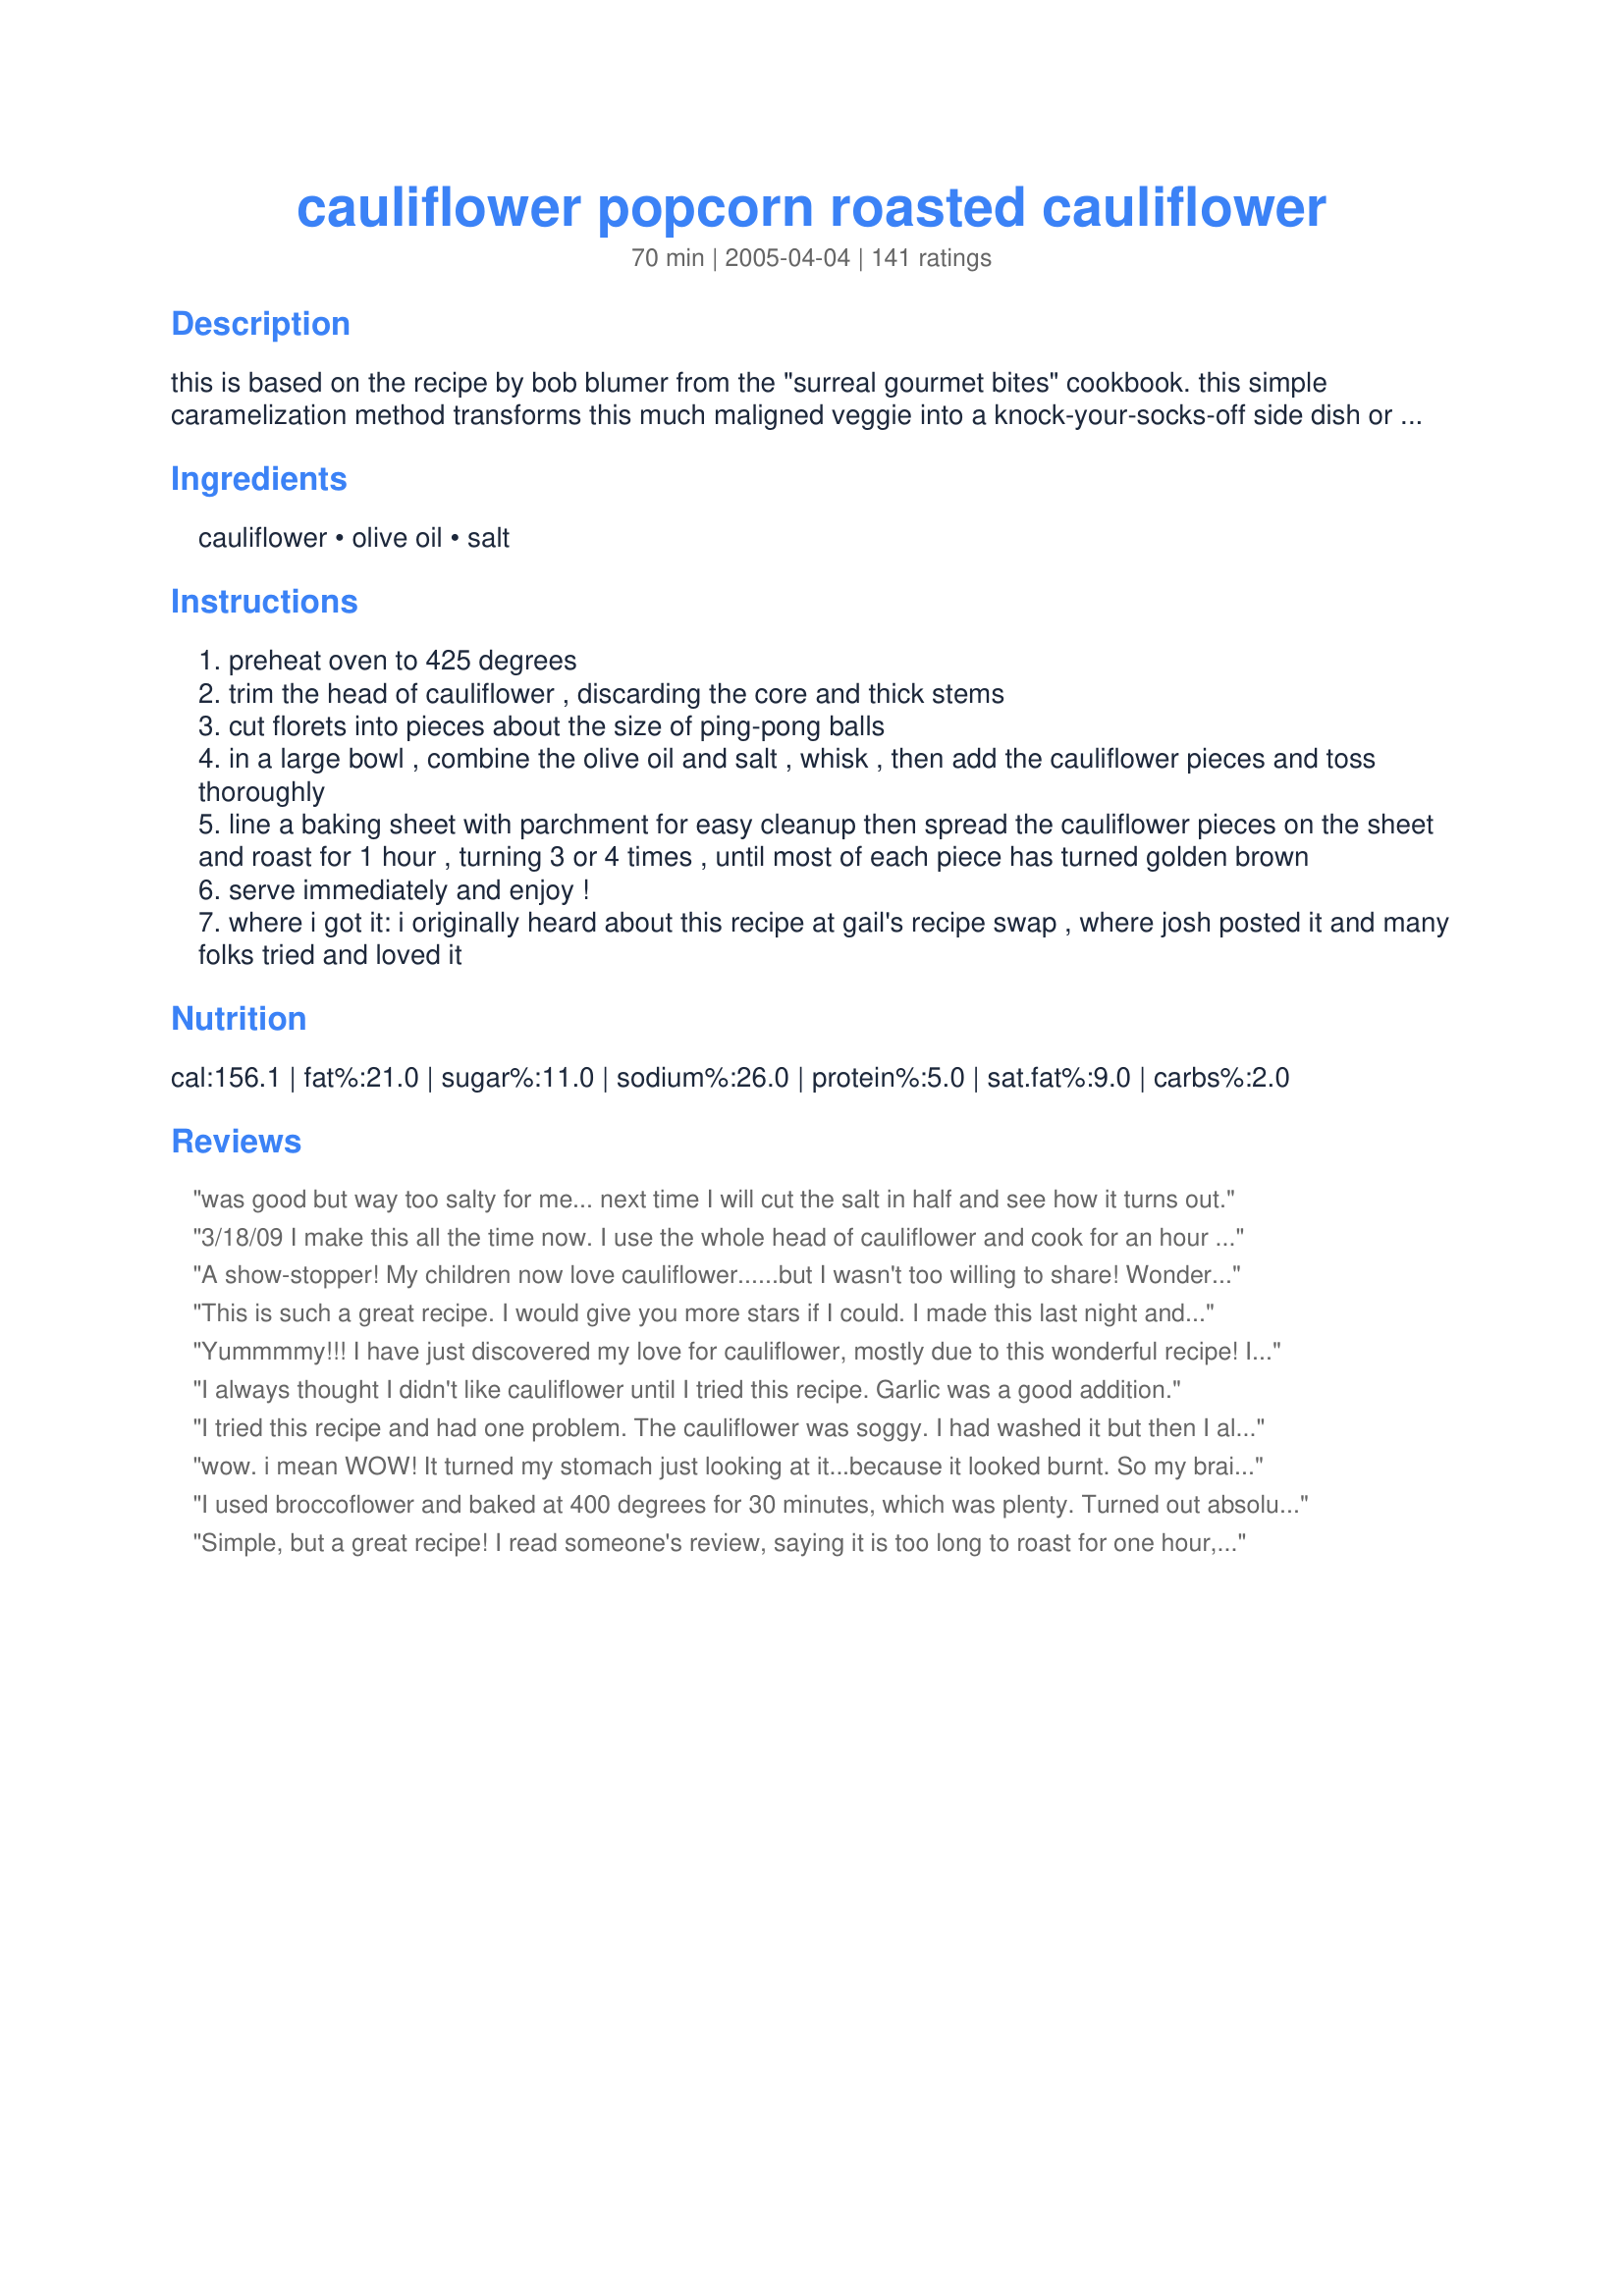
cauliflower popcorn roasted cauliflower
Preparation time: 70 minutes

this is based on the recipe by bob blumer from the "surreal gourmet bites" cookbook. this simple caramelization method transforms this much maligned veggie into a knock-your-socks-off side dish or sweet snack that you won't be able to get enough of!

Ingredients:
cauliflower, olive oil, salt

Steps:
preheat oven to 425 degrees
trim the head of cauliflower , discarding the core and thick stems
cut florets into pieces about the size of ping-pong balls
in a large bowl , combine the olive oil and salt , whisk , then add the cauliflower pieces and toss thoroughly
line a baking sheet with parchment for easy cleanup then spread the cauliflower pieces on the sheet and roast for 1 hour , turning 3 or 4 times , until most of each piece has turned golden brown
serve immediately and enjoy !
where i got it: i originally heard about this recipe at gail's recipe swap , where josh posted it and many folks tried and loved it

Reviews:
was good but way too salty for me... next time I will cut the salt in half and see how it turns out.
3/18/09 I make this all the time now. I use the whole head of cauliflower and cook for an hour with golf ball size pieces. It's even great cold the next day! 11/24/08 Absolutely fabulous! I normally hate cauliflower but want to start eating more veggies. This was so good! I used only a half of a head for the two of us and wished I had cooked the whole thing. We finished it in 3 minutes flat! I prefer it darker and the smaller the pieces are the faster they cook (duh!). It was done in 40 minutes. Loved it and will make often!
A show-stopper! My children now love cauliflower......but I wasn't too willing to share! Wonderful recipe that I'll be making often. Thanks!
This is such a great recipe. I would give you more stars if I could. I made this last night and we couldn't get enough. The caramelized pieces were the best. I will most definately make this again, cuz we loved this side dish. It was flavorful and almost nutty tasting. Thank you so much for sharing this with us.
Yummmmy!!! I have just discovered my love for cauliflower, mostly due to this wonderful recipe! I used garlic salt in place of regular salt. The only thing is I left it in for about half an hour, instead of the whole hour because they were starting to burn a bit. I never knew I could like cauliflower so much! I'd recommend this to everyone! Thank you! :-) Oooh I also did it with broccoli and it was just as tasty!
I always thought I didn't like cauliflower until I tried this recipe. Garlic was a good addition.
I tried this recipe and had one problem. The cauliflower was soggy. I had washed it but then I allowed it enough time to drain (or so I thought). Any advice or what did you do different so your outcome was better.
wow. i mean WOW! It turned my stomach just looking at it...because it looked burnt. So my brain told my taste buds to get ready for something "burnt" flavored. My 6-year-old took one look at it and said "i'm not eating it" But I put one piece on his plate and told him he HAD to try it. I took one bite. OH MY GOD it was nothing like I thought it would taste like!!! It's sooooo goood!!! Then came the fight of my son taking a bite. He approved! I even caught him getting more off the pan in the kitchen. Thank you!
I used broccoflower and baked at 400 degrees for 30 minutes, which was plenty. Turned out absolutely delicious and perfectly sweet! Thank you!
Simple, but a great recipe! I read someone's review, saying it is too long to roast for one hour, so I reduced the time greatly. But it still got burnt. I might try the reduce the temperature next time. Even my sons, who don't care for cauliflower, liked it. Thank you!
Small flowerets took about 28 minutes, turning once. Soooo good!
What can I say but this is outstanding, my kids ate a whole head of cauliflower between them, and said it was better than fries ;-)
Until now, I HATED cauliflower, no matter how it was prepared! I am making this agsain for dinner tonight & can hardly wait! We found though that on hour was too long to bake. I used a coated pan, so that might have made a difference. KellyMae, you have made a caluiflower lover out of me! Thank You!
Delicious, first thing off everyones plate..
Wow this a superb way to make cauliflower! I love cauliflower but I get a little bored of it steamed sometimes.This was easy to throw together and no complicated ingredients,the end result is delicious! Thanks for posting I will use this a lot.
Sooooo good. My whole family loved it.
These were delicious! Instead of olive oil, I just used cooking spray. Instead of salt, I used garlic salt. Tasty and addictive!
Like others have posted, I over-coked mine. They still tasted great and I will repost after I make it again. My kids even eat them without complaint (a major victory in our house). One tip for those who are making this for the first time...... do not cut the florets too small. The long cook time will soften the bigger pieces and if they are too small they will dry out..
This was ok but then again I really don't care for cauliflower but if I have to eat it then this would be the way to go. The cooking time seemed a little to long, mine were really burnt when they came out. Thanks!
This is my favorite way to have cauliflower! I can eat a whole head of this by myself--it is that good! I definitely prefer it more overcooked than not. Makes the house smell, but it&#039;s worth it!
Best cauliflower recipe ever! I couldn't eat enough of it. I really loved the super crispy pieces. I also added garlic powder and parmesan cheese. I will make this recipe repeatedly in the future. Perfect for those that don't love veggies. No more bland cauliflower!
Fantabulous!!! My husband & I are doing one of the soup diets and finding interesting vegetables to go with it is a challenge. I made this recipe as stated...except, we couldn't have the olive oil so I very very lightly sprayed with pam. It was so good that I don't think I will ever use the oil now! Thanks so much for the recipe, it's as addictive as popcorn!
Yum! It's amazing how a simple technique can make a vegetable so scrumptious, while keeping it as "pure" as it possible. Thank you for sharing this healthy and simple recipe.
My cauliflower didn't get too sweet...just ever so slightly...but it was very nice regardless.
Mine didn&#039;t come out as golden as some of the others pictured, but that doesn&#039;t mean they weren&#039;t absolutely delicious...and I&#039;m still trying to figure out a polite way of asking for your leftovers!
DD and I typically don&#039;t care for cauliflower, but everyone enjoyed this recipe. Can&#039;t wait to give it a try with garlic salt, as we love our garlic.
Yummy! My fiance, who has never liked Cauliflower, gobbled this up straight from the oven. Awesome.
Yum! I need to remember to double this next time. Thanks for sharing the recipe!
We love this recipe! It is quick to prepare and everyone of our 4 kids is excited to see it on the dinner table. This has become a regular in our menus, thank you for sharing.
Good! I added chili powder to the mix and I think it covered up the taste of the cauliflower. Next time I will make as written! Thanks!
Easy and super delish! This is going to become a staple. I agree with the other reviewers, make sure to cut the cauliflower into golf ball size pieces. I slightly overcooked mine since my pieces were to small. My only complaint is that I didn't make more.
Thank you for my new FAVORITE cauliflower recipe! I&#039;d give more than 5 stars if I could. Enough said!
Seriously....I haven&#039;t eaten cauliflower in 20 years. I just made this because I started the Paleo diet. I hated the idea of eating cauliflower but I&#039;m trying to try all veggies again.
Sooooooo.........this was seriously the best thing I&#039;ve eaten, you HAVE to try this, I plan on eating cauliflower a lot!!! Like they say the darker you brown this the better it is. And the bonus???.....it tastes like
FRENCH FRIES.......Swear to god!!!!
Delicious way to eat cauliflower!
That is a great recipe! Makes an excellent snack. I don't know why I haven't tried this sooner. You can tweak the spices for variety but just plain olive oil and salt is just fine with me. I think I'll be eating a lot more cauliflower.
Thank you!!!!
Typically I don't like cauliflower without lots of fat grams (cheese) but DH and I agree this is THE cauliflower recipe! Made the mistake of cutting the florets into < ping-pong ball size the first time and pulled < 2 servings out of the oven so I learned my lesson. Thanks Julesong for turning me into a cauliflower convert.
Keeper recipe and so easy to do. Mine only needed 30 minutes in the oven and they were perfect. Thank you for sharing this recipe.
Just made this and wow is this good. It won't last long. I added some Italian seasoning.
Let me say this first: I don't like cauliflower. Whenever Julie made cauliflower I covered it in cheese sauce. But this cauliflower is completely different and completely delicious! I don't care that it takes a long while to prepare; I'll be making it myself, too.
Mine turned out waaay too oily and I used 1-1/3 heads of cauliflower. I really liked the caramelized flavor so I will probably try it again with only enough oil to prevent it from sticking.
I made these for my family and we all loved it . I used broccliflower that I had on hand it was great! I will make again. Thanks for posting.
Fantastic recipe. My popcorn bits burnt a bit but I am definitely trying this again to perfect it.
Quite yummy! Thanks so much for a simple and delicious recipe...try it, you'll like it :)
This is AMAZING!! So easy and so so good. I could eat a LOT of cauliflower this way. Thank you so much for posting this, I will make this all the time!!
Delicious. Lacked a little flavor, so I added garlic powder and ancho chille powder. Then a LIGHT sprinkle of brown sugar half way through cooking. It was amazing. This is a great base recipe.. you can add whatever flavors your family likes!
LOVED this! Used slightly less oil, and let the cauliflower get pretty brown. Very, very tasty!!!
I was once broiling veggies in my gas broiler, and I decided to toss in some broccoli florets. Some were tossed with oil, as in this recipe, and some were just rinsed with water. The broiler is much faster than the oven, but the effect is much the same. The broccoli gets a rich, sweet toasted taste with luscious charred bits. (Take care so they are only bits!) When the dry roasted cauliflower came out of the broiler, I IMMEDIATELY tossed with finely chopped parsley and drizzled with EV olive oil. Superb AND faster! And greener too, because it saves so much energy, takes only about 10 minutes max in my broiler, versus an hour in the oven.
No way! This is totally delicious!!! Even my veggie hating husband loved it. Next time I'll have to make several heads though!! We were all fighting over it!
very good
Very quick and easy to pull together. So delicious-even my seven year old ate his veggies tonight!
This was definitely worth a try....and it was suprisingly good! Next time I wouldn't add the whole tsp of salt....I found that this was too much for our tastes, but it was really good! THanks for posting!
I will have to keep trying at this recipe somehow mine turned out kinda mushy, but otherwise they were good. Even my 4y/o DD ate them and wanting seconds, so she loved them.
Just made this recipe and will definitely make again. I added garlic powder and everyone enjoyed grandchildren included. &lt;br/&gt;&lt;br/&gt;&lt;br/&gt;Gams
I went a little light on the oil and added a touch of garlic powder -- but these were delicious! It was the first time in 7 years I saw my husband not only eat the cauliflower on his dish, but have seconds AND THIRDS!!! I'm thrilled I get to eat one of my favorite vegetables for dinner again - thank you for posting!
LOVE IT, LOVE IT, LOVE IT!!!! I cooked TWO whole cauliflowers and I ate them all!!! The most wonderful thing about is that I do not feel guilty at all!!! Great recipe to enjoy if you are in a low carb diet!!! Thank you for sharing it!!!
I made this again, but this time, tossed in garlic powder and curry powder. I used minced garlic last time, and the garlic tends to burn and not stick onto the cauliflower.
I loved it!! I wonder if using broccoli would be good...?? Probably!!!
Hate to be the naysayer here because I was really excited about this recipe. I had a head of purple cauliflower and wanted to try something different.

This was ... different. But not something I would try again. Sorry! There is caramelized and there is overcooked.

Wasn't my thing and the two people I planned to serve it to asked me to just throw it away. It seems like someone trying to kill the natural flavor of a vegetable would like it. I must admit to loving crisp, raw veggies though!
Delicious....the only way to describe it. Easy is just an added benefit. Will definitely make again &amp; again.
This is a super yummy way to make Cauliflower! I toss in bowl with the oil and Zatar ( Thyme spice mix) and a sprinkle of garlic power...I do not add salt...Hubby and I can eat a whole head of Cauliflower done this way in one sitting.<br/>Try it, it really is great this way...
This is delicious just as is. It's also great with some garlic powder, or even butter/popcorn seasoning.
We loved this. I thought it was burned but it was yummy. My hubby&#039;s favorite way of preparing cauliflower. Thanks for the recipe.
Absolutely fabulous! I've given this recipe out many times. You'll be surprised at how much the cauliflower cooks down. My husband and I can eat a whole head of cauliflower cooked this way because of the shrinkage. I'd recommend making two full heads to feed a family. This is INCREDIBLE tasting. The cooking is spot on. I sometimes add some crushed red pepper or a shake or two of garlic powder...but it's perfect just as it is. A very requested veggie in my house.
I cannot get enough of this cauliflower. The flavor is very reminiscent of the battered, fried variety my mother used to make back in the day when frying wasn't a no-no. I actually go out of my way to make sure I overcook it a bit, I prefer the flavor when the cauliflower begins to be a very dark brown color and is a bit crispy. This is delicious as is, but once in a great while, I will sprinkle bread crumbs lightly over the cauliflower prior to roasting. Thank you so much for giving me this very healthy option to an old favorite!
Even after reading all of the reviews, I couldn't imagine this could be this good. IT IS! I only used half a cauliflower, still doubting, and we all looked at each other wanting more. Who knew we would finally like cauliflower? I can't wait to make this for people...they won't believe it, either. It really is unbelieveably good and fun to eat. I thought of dipping sauces, but it was gone before I could act on it. THANKS!
Oh boy, takes cauliflower to a whole new level for me! This is a great diet snack, depending on the oil/amt used. I'm going to surprise my family by maybe using it as a garnish but I think they'll want more ;)
Finally tried it and it was yummy. Very interesting I have to say and 1 head only fed 3 adults, it really does shrink up. I will be playnig with this idea now, thanks for sharing! :)
I tossed mine in coconut oil and nutritional yeast. OH yum. Problem is I ate it all before it hit the table lol
Very good. I used the garlic powder suggestion from Japanese Delight. Thanks!
Delicious!! Great way to get your kids to eat cauliflower!!
Geez...I hate giving bad reviews, especially for a recipe that I was so excited about trying! I LOVE cauliflower, but this made my naturally delicious head of cauliflower into some sort of bitter dish that I ended up apologizing for because of its poor taste. I can't imagine what I might have done wrong (it's such a simple recipe!) and it's intriguing that so many people ended up loving this. I don't know...but BF and I were very disappointed... Sorry :(
Try cauliflower an egg wash and shake in a bag with Panko, It is crisp and browns so nicely. The only way to do it.
Delicious! I was scared they were burnt, but they tasted delicious. Next time I will reduce the cooking time a bit, and reduce the amount of salt....maybe just adding it at serving. But I have been reducing salt in my diet and am probably overly sensitive. I agree with earlier posters....do not cut the cauliflower into small sizes.....maybe a little larger than ping pong balls.....they really shrink up! The smaller ones dry up. Made for Best of 2010 Tag game! Congrats on being a Best of 2010 Recipe!!! Thanks for sharing.
This was a good way to cook cauliflower. My 3 year old son actually ate it!!! My DH, on the other hand, still didn't care for it. My sister really liked it. I would not, however, consider this to have incredibly changed the taste of cauliflower. It still tastes like cauliflower.
WOW these were super good. Made 4 batches. 1 sprinkled with dill seed, 1 with fennel seed, 1 with caraway seed and the last but not least with slivers of garlic. Thanks so much for sharing.
My family devoured this! I can tell I'll be making this one a lot!
Soooooo yummy! This is now my favorite way to eat cauliflower!!! Both my kids (4 and 2) ate their share and asked for more "popcorn flower". The four of us (my husband) finished off the whole batch (one head of cauliflower). At first I was only going to make 1/2 a head, but decided to just make the entire thing. This is a great side to almost anything, although I baked chicken as well so I made good use of the oven time! (Update: Try this with fish, it's a perfect side)
Thanks Julesong!
I love this recipe and it could not get any easier! I use my Misto olive oil sprayer to coat the cauliflower and I season with just a pinch of salt and a little italian blend seasoning. It's great!
What a great cooking alternative for cauliflower! I have a daughter with a dairy allergy, so we are a non-cheese sauce family - the usual preferred method to eat cauliflower it seems. This roasted cauliflower was tasty and sweet. My cooking time was a little less, maybe I made my pieces smaller? So easy to make, definitely will make it again
Love this! Even my non-cauliflower adoring family will eat it. :)
My new favorite vegetable! As previous people said, I thought it would tast burnt--but it is just the carmelization--everything about this recipe is grand! Easy, healthy and most of all tasty!
This works great... even those that have a VEGGIE phobia will like it!
This recipe is the best! We eat this on a weekly basis.Thanks so much for posting this recipe.
Amazing! Because I was trying to get more of my Weight Watchers points in for the day, I added a bit more olive oil. And, it was great! I cannot wait for the leftovers!
This was good - not fantastic tho. I added my own seasonings, but we didn't get that "popcorn" feel at all. Not a bad way to have cauli but I think there's better out there.
Hubby and I loved it, but the kids didn't give it a chance. Between us, he and I ate it all! I expected the top to brown, but as it turns out the bottom browns. So I had one side a bit too dark, but still very good. We will definitely make it again.
This is so frickin' ridiculous, my husband and I couldn't believe it! We tossed it with olive oil and a Santa Maria tri-tip seasoning which includes garlic, sea salt, shallot, and a little onion powder. Fantastic.
Best recipe for cauliflower EVER.
This was a hit at our house! I cut my florets smaller than ping pong ball--but also roasted at 450 and cut the time to about 30 minutes. I salted per the directions and did not need to add extra (and I do like salt). I will definitely be making this again--though maybe a double batch on two jelly roll pans as we all would&#039;ve enjoyed having more!
This was awesome. It's my new favorite way to eat Cauliflower & my new favorite snack. I used garlic salt but I can't wait to try other flavored salts. I also put parmesan cheese on 1/2 the last 10 minutes. AWESOME
I'm not giving this any stars. It was WAY too salty (and I love salt), and not sure whether it was that I had a fairly small head of cauliflower, or the recipe just calls for too much salt. I'm going to grab another head this weekend and try again. As is, I would give it a 3-4*--very good, but just needs less salt.
cut out calories by using Land-o-Lakes whipped butter. the calorie count per serving goes down to 86.5 calories.
AMAZING! I called 3 friends after dinner to tell them how easy and great this tastes!
so in looking for a recipe for "what to do with a whole head of cauliflower the Hubby bought that wasn't on my grocery list" I tried this one. Made stated as is. All I can say is use two heads!!! There will be nothing left! The smaller pieces were a little charred but actually tasted the best according to the 12 year old diva that eats here! And the hubby took a whole plate to eat while watching a movie....Popcorn is off the grocery list! It's cauliflower from now on! Thanks so much for the recipe!
If I could give this 10 stars, I would! I made this yesterday almost ate it all by myself...in one sitting! This was sooo good! The only change I made was to add a little garlic powder to the olive oil and salt. Next time, I may add a little cayanne, but this was absolutely delicious!
This is a great cauliflower recipe. It was so simple to make that I thought it couldn't possibly be that good. How wrong I was, it was delicious! My boyfriend said it was the best cauliflower he has ever had.
I wasnt really that impressed. I did salt, pepper, and garlic powder, but I felt that it wasnt anything special. I dont think I will make this again. It wasn't horrible, but I guess i expected more
Loved it!!! I like to add 1 Tablespoon of chopped fresh rosemary to the oil and salt before roasting.
What a fantastic recipe and so easy too! Like others, I added some garlic powder and some Italian Seasoning. The parchment paper was a great idea for easy clean-up. We will make this often. Thanks for posting, Jules!
This was very good, though I definately expected a bit more flavor from all the reviews posted. We used garlic salt, and next time we might add paprika for a little more flare. Good all around!
I quite liked this recipe. I turned the cauliflower often, as you suggested, and had no problems with it burning. Next time I will decrease the salt though, as 1 tsp was too much. Thank you!
What a great way to eat cauliflower! I'm usually not a huge fan, but I loved this. As another reviewer suggested, I broiled the florets (without oil) for 15 minutes, then tossed with olive oil, garlic powder, and kosher salt. The flavor was great; I'll experiment with other seasonings in the future.
YUM!!! I love this recipe!! I had to stop myself from snitching them all off the cookie sheet while they were baking so my family could try them, too. My husband, who doesn't like cauliflower, went back for seconds, but my 5-yr old chose to stick with the soggy ol' "regular" version. (More for us, I guess!) Next time, I think I'll scale back the oil a bit to see if they still turn out as good, just to watch a few calories, but definitely not on the salt! Thanks for a great recipe!
WOW - we don't ever eat cauliflower but this was fabulous! Must make this!
DH said, "This tastes like popcorn!" I said, "That's what it is called." Added some minced garlic.
Oh wow, the differences in ovens! I am not recording stars because mine would be two stars at best, for an hour at 425. But I account that to ovens. Mine were almost charred. So know your oven! &lt;br/&gt;&lt;br/&gt;With my oven, another recipe I have tried, that worked for me, required only 20-30 minutes at 400 degrees F.&lt;br/&gt;&lt;br/&gt;I repeat...KNOW YOUR OVEN. (Mine allegedly is true to temperature.)
I followed the receipe, but was sadly disappointed. If you like the taste of burnt food, this is your snack. What they forgot to tell you is that it will stink up the entire house. So if you are doing it for the first time, use a grill outside. I am not a chef, but do like to try new foods.
This recipe got me eating cauliflower again. I add dry seasonings to taste depending on my mood and I eyeball the oil. Perfect everytime.
This is a really wonderful way to serve cauliflower. The roasting method takes all that sulfurous bland taste away. Thanks for a great recipe!
I could not believe how well this turned out. And did not have to mess with deep frying. I added some Italian Seasonings just to give a little more somethin. Turned out great and had a really different take on cauliflower. Thanks for sharing.
WOW WOW WOW! We loved this recipe! I put the cauliflower in a zip lock bag , used garlic flavored olive oil, some garlic powder and Mrs Dash (guess you can tell we love garlic lolol). The cauliflower was sooooo sweet that DH and I ate the entire head (oink oink). This will be in my cauliflower rotation!
This cauliflower is really delicious! I made it as written and it came out perfect....my husband and I ate nearly the entire large head of cauliflower. Thanks Julesong for this wonderful recipe!
Easy,delicious and healthy. What more can you ask for? We absolutely LOVE this recipe! Roasting makes the cauliflower sweet, mellow and crispy. Who cares about side dish? We've had it as the main meal!
I thought this was yummy, and used 2 tbsp of olive oil instead of 4. Still crispy outside and moist inside- good. Tried to tell my 2.5 year old it was popcorn but took one bite and spit it out, and my hubby didn't like either, but I will make again for me. Thanks!
I love this stuff! I've been making this for a couple of years. It's hard for me not to eat the entire head of cauliflower = sweet, carmelized = YUM!
Oh my gosh, I LOVE this recipe. The cauliflower is addictive when roasted following these directions. Perfect recipe. I wouldn't change a thing. YUM!
I just wanted to use up some cauliflower leftover from a veggie tray and found a winner. My family couldn't eat it fast enough and want this recipe again! Wowza! I made as directed and sprinkled with garlic powder. My husband who is a huge french fry lover said he would eat this over FF's any day - that is huge! I didn't have that much so only cooked it for about 40 minutes. Next time I will make lots more. Thanks for sharing.
This was very unique! We liked it but it was a little greasy, so next time I'll use a little less oil. It's a great way to get more veggies on the table! Thanks for sharing!
OMG!!! To die for... Love this! HAve made it twice in the past two weeks and bought more cauliflower to make it again. It really is like eating popcorn... ADDICTIVE!!
WOW!!!!
SO GOOD!!!!
What a great way to get some veg in your life!
Thank you for giving me a way to get my kids to eat cauliflower. I salted it up and they dipped it in ketchup like tater tots and loved it. Such an easy healthy snack.
I have been meaning to try this for some time after hearing about it from a friend. So I had half a head of cauliflower that needed to be eaten. I cooked it according to the directions, thinking that I would have a little now and then the rest later, but I ended up standing in my kitchen over the stove and eating it all within a few minutes of coming out of the oven! If I had another head of cauliflower I'm afraid it would be gone by this evening. Fantastic!! Thanks!
I made this with dinner last night and it was wonderful. Even my picky husband, who "doesn't like cauliflower", loved it. In fact, he had seconds and asked me when I was going to make it again! This is definitely a keeper.

update: I sprinkle a little shredded parmesan cheese over top, and even my picky kids will fight over the last bite! I love this recipe and make it often. (I'm mourning the use of my oven now that summer is here)
Yum! Simple recipe - roasted cauliflower - but a great reminder of how delicious this veggie can be.
Excellent recipe! My husband and I gobbled up the whole batch ourselves! My favorite parts were the smaller crispier, almost burnt parts. Next time I'll cut the pieces smaller so that the whole batch is crispy. I'm also going to look for a popcorn seasoning mix to blend with the olive oil next time.
This was so good... had stop myself from eating the entire head! Making it again tonight, so healthy and yummy :) I used half the oil and seasoning salt. Thanks!!
Loved it. I have made this several times - but usually an hour cooking doesn't work for me weeknights. I have been microwaving the florets for about 3 minutes in the AM before work and then tossing them in the oven when I get home. I also added garlice powder and a sprinlkling of bread crumbs. Served as an appetizer with chipotle dipping sauce.
I HATE cauliflower but had gotten some on sale and needed to use it.DH normally eats it but didn't want it. I found this recipe and tried it. I fell in love!!! To me, it tasted like fried oysters. Gave DH some without telling him what it was and he thought it was pork. This is a must try recipe!!!
What more can I say? Awesome recipe. I've made several times with different seasonings each time. Each time is better than the next.<br/>Thanks for posting!
This was excellent! Really enjoyed it. Thanks.
Wow, what a great recipe. I had baked cauliflower before, but this was just as good with a lot less ingredients. Just be warned, you end up with a lot less than you started with. I thought I had made plenty, but ended up with barely enough for everyone to get some. It didn't help that everyone was fighting and raving over it. Thanks for a great hit!
Not bad but didn't taste like popcorn. Just cauliflower
YUM! 'nuf said.
Roasted cauliflower. Delicious, but nothing new.
I love the taste this gives the cauliflower. We're having it again tonight! I added some carrots and onions in with it and added garlic powder and chile powder and used half the oil. Yummy!
I lOVE this recipe. I cut the cauliflower into smaller pieces to make it faster and bite size. I also mince about 4-6 cloves of garlic and tossed together with cauliflower, olive oil and salt. It only takes about 30 minutes to bake. Yummy. It's the only time we could consume a whole head of cauliflower. THANK YOU.
I love cauliflower and have eaten it raw, stir-fried, steamed, creamed, and boiled in soup but never roasted until now. Although Food.com has hundreds of recipes for roasted cauliflower, Cauliflower Popcorn - Roasted Cauliflower is the only one that cooks the cauliflower at a high temperature for a long time which caramelizes the florets much more than the other similar recipes do. My head of cauliflower was huge, yet I only needed to use three tablespoons of oil. Instead of discarding the stem, I peeled and sliced the stem into half-inch-thick rounds and roasted it with the florets. Although the florets resemble popcorn, they really taste like French fries. Like a perfectly cooked French fry, this cauliflower is crispy on the outside with a soft creamy center. Surprisingly, I actually prefer the taste of this cauliflower to fries (and I LOVE fries!) Thank you, Julesong, for the best cauliflower that I have ever eaten!
Wonderful! I put a little garlic powder on it, and maybe half of the olive oil that the recipe called for. My husband even liked it, and he is not a vegetable lover!
Let me preface this review by saying I normally hate cauliflower. I've never served it to my kids, and this is the first time in 16 years of marriage that I've made it for my DH. <br/><br/>That said, if it were only me ranking this, I'd give 5 stars. DH said 3, one DS said 4, the others weren't sold on it. I cut them into small bites - definitely smaller than ping pong balls - and let them go the full hour. I also liked the very small (burnt?) pieces that were crunchy. I like that the small pieces lost their texture (which is a big problem I have with cauliflower), and had the dark, roasted flavor. I also salted after roasting - in addition to the salt in the oil. I tried without, and it definitely needed it - and I don't usually salt food. <br/><br/>Be warned - they shrink A LOT! Started out with a very full pan, ended up with less than half when they were done. So have I extracted any bit of nutrition by cutting them small and baking till dark and mostly crunchy? Possibly, but I hope not. I can definitely see me making this again for myself. And I can guarantee this is the only way cauliflower will be served in our house. Yum!
It was good, but a little lacking in flavor. I might try some of the recommended add-ins next time.
Yum, this is really good. Definitely a keeper and I find myself buying cauliflower every week now!
Superb! I served it with sauteed chicken breasts with leeks. Really yummy. My DH and I ate the whole head in one sitting. *burp*
